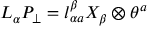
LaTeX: L _ { \alpha } P _ { \perp } = l _ { \alpha a } ^ { \beta } X _ { \beta } \otimes \theta ^ { a }